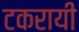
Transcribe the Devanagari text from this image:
टकरायी